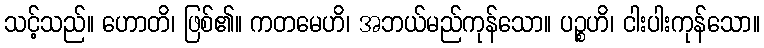
သင့်သည်။ ဟောတိ၊ ဖြစ်၏။ ကတမေဟိ၊ အဘယ်မည်ကုန်သော။ ပဉ္စဟိ၊ ငါးပါးကုန်သော။